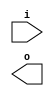
module buffer( i , o );
  input i ;
  output o ;
endmodule
module inverter( i , o );
  input i ;
  output o ;
endmodule
module top( x0 , x1 , x2 , x3 , x4 , x5 , x6 , y0 , y1 , y2 , y3 , y4 , y5 , y6 , y7 , y8 , y9 );
  input x0 , x1 , x2 , x3 , x4 , x5 , x6 ;
  output y0 , y1 , y2 , y3 , y4 , y5 , y6 , y7 , y8 , y9 ;
  wire n8 , n9 , n10 , n11 , n12 , n13 , n14 , n15 , n16 , n17 , n18 , n19 , n20 , n21 , n22 , n23 , n24 , n25 , n26 , n27 , n28 , n29 , n30 , n31 , n32 , n33 , n34 , n35 , n36 , n37 , n38 , n39 , n40 , n41 , n42 , n43 , n44 , n45 , n46 , n47 , n48 , n49 , n50 , n51 , n52 , n53 , n54 , n55 , n56 , n57 , n58 , n59 , n60 , n61 , n62 , n63 , n64 , n65 , n66 , n67 , n68 , n69 , n70 , n71 , n72 , n73 , n74 , n75 , n76 , n77 , n78 , n79 , n80 , n81 , n82 , n83 , n84 , n85 , n86 , n87 , n88 , n89 , n90 , n91 , n92 , n93 , n94 , n95 , n96 , n97 , n98 , n99 , n100 , n101 , n102 , n103 , n104 , n105 , n106 , n107 , n108 , n109 , n110 , n111 , n112 , n113 , n114 , n115 , n116 , n117 , n118 , n119 , n120 , n121 , n122 , n123 , n124 , n125 , n126 , n127 , n128 , n129 , n130 , n131 , n132 , n133 , n134 , n135 , n136 , n137 , n138 , n139 , n140 , n141 , n142 , n143 , n144 , n145 , n146 , n147 , n148 , n149 , n150 , n151 , n152 , n153 , n154 , n155 , n156 , n157 , n158 , n159 , n160 , n161 , n162 , n163 , n164 , n165 , n166 , n167 , n168 , n169 , n170 , n171 , n172 , n173 , n174 , n175 , n176 , n177 , n178 , n179 , n180 , n181 , n182 , n183 , n184 , n185 , n186 , n187 , n188 , n189 , n190 , n191 , n192 , n193 , n194 , n195 , n196 , n197 , n198 , n199 , n200 , n201 , n202 , n203 , n204 , n205 , n206 , n207 , n208 , n209 , n210 , n211 , n212 , n213 , n214 , n215 , n216 , n217 , n218 , n219 , n220 , n221 , n222 , n223 , n224 , n225 , n226 , n227 , n228 , n229 , n230 , n231 , n232 , n233 , n234 , n235 , n236 , n237 , n238 , n239 , n240 , n241 , n242 , n243 , n244 , n245 , n246 , n247 , n248 , n249 , n250 , n251 , n252 , n253 , n254 , n255 , n256 , n257 , n258 , n259 , n260 , n261 , n262 , n263 , n264 , n265 , n266 , n267 , n268 , n269 , n270 , n271 , n272 , n273 , n274 , n275 , n276 , n277 , n278 , n279 , n280 , n281 , n282 , n283 , n284 , n285 , n286 , n287 , n288 , n289 , n290 , n291 , n292 , n293 , n294 , n295 , n296 , n297 , n298 ;
  buffer buf_n69( .i (x4), .o (n69) );
  buffer buf_n70( .i (n69), .o (n70) );
  buffer buf_n71( .i (n70), .o (n71) );
  buffer buf_n72( .i (n71), .o (n72) );
  buffer buf_n73( .i (n72), .o (n73) );
  buffer buf_n74( .i (n73), .o (n74) );
  buffer buf_n75( .i (n74), .o (n75) );
  buffer buf_n76( .i (n75), .o (n76) );
  buffer buf_n77( .i (n76), .o (n77) );
  buffer buf_n78( .i (n77), .o (n78) );
  buffer buf_n82( .i (x5), .o (n82) );
  buffer buf_n83( .i (n82), .o (n83) );
  buffer buf_n84( .i (n83), .o (n84) );
  buffer buf_n85( .i (n84), .o (n85) );
  buffer buf_n86( .i (n85), .o (n86) );
  buffer buf_n87( .i (n86), .o (n87) );
  buffer buf_n88( .i (n87), .o (n88) );
  buffer buf_n89( .i (n88), .o (n89) );
  buffer buf_n90( .i (n89), .o (n90) );
  buffer buf_n97( .i (x6), .o (n97) );
  buffer buf_n98( .i (n97), .o (n98) );
  buffer buf_n99( .i (n98), .o (n99) );
  buffer buf_n100( .i (n99), .o (n100) );
  buffer buf_n101( .i (n100), .o (n101) );
  buffer buf_n102( .i (n101), .o (n102) );
  buffer buf_n103( .i (n102), .o (n103) );
  buffer buf_n104( .i (n103), .o (n104) );
  buffer buf_n38( .i (x2), .o (n38) );
  buffer buf_n39( .i (n38), .o (n39) );
  buffer buf_n40( .i (n39), .o (n40) );
  buffer buf_n41( .i (n40), .o (n41) );
  buffer buf_n42( .i (n41), .o (n42) );
  buffer buf_n53( .i (x3), .o (n53) );
  buffer buf_n54( .i (n53), .o (n54) );
  buffer buf_n55( .i (n54), .o (n55) );
  buffer buf_n56( .i (n55), .o (n56) );
  buffer buf_n57( .i (n56), .o (n57) );
  assign n111 = n42 & n57 ;
  buffer buf_n112( .i (n111), .o (n112) );
  buffer buf_n113( .i (n112), .o (n113) );
  buffer buf_n23( .i (x1), .o (n23) );
  buffer buf_n24( .i (n23), .o (n24) );
  buffer buf_n25( .i (n24), .o (n25) );
  buffer buf_n26( .i (n25), .o (n26) );
  buffer buf_n27( .i (n26), .o (n27) );
  buffer buf_n28( .i (n27), .o (n28) );
  buffer buf_n29( .i (n28), .o (n29) );
  assign n115 = n29 | n103 ;
  assign n116 = ( n104 & n113 ) | ( n104 & n115 ) | ( n113 & n115 ) ;
  buffer buf_n8( .i (x0), .o (n8) );
  buffer buf_n9( .i (n8), .o (n9) );
  buffer buf_n10( .i (n9), .o (n10) );
  buffer buf_n11( .i (n10), .o (n11) );
  buffer buf_n12( .i (n11), .o (n12) );
  assign n117 = n12 & n86 ;
  buffer buf_n118( .i (n117), .o (n118) );
  buffer buf_n119( .i (n118), .o (n119) );
  buffer buf_n120( .i (n119), .o (n120) );
  assign n121 = ( n90 & n116 ) | ( n90 & n120 ) | ( n116 & n120 ) ;
  assign n122 = n78 & n121 ;
  buffer buf_n123( .i (n122), .o (n123) );
  buffer buf_n79( .i (n78), .o (n79) );
  buffer buf_n91( .i (n90), .o (n91) );
  buffer buf_n105( .i (n104), .o (n105) );
  buffer buf_n114( .i (n113), .o (n114) );
  buffer buf_n13( .i (n12), .o (n13) );
  buffer buf_n14( .i (n13), .o (n14) );
  assign n128 = ( n14 & n29 ) | ( n14 & n103 ) | ( n29 & n103 ) ;
  assign n129 = ~n113 & n128 ;
  assign n130 = ( n105 & n114 ) | ( n105 & n129 ) | ( n114 & n129 ) ;
  assign n131 = n91 & n130 ;
  assign n132 = n79 | n131 ;
  assign n133 = ~n123 & n132 ;
  buffer buf_n134( .i (n133), .o (n134) );
  buffer buf_n135( .i (n134), .o (n135) );
  buffer buf_n136( .i (n135), .o (n136) );
  buffer buf_n92( .i (n91), .o (n92) );
  buffer buf_n93( .i (n92), .o (n93) );
  buffer buf_n94( .i (n93), .o (n94) );
  buffer buf_n95( .i (n94), .o (n95) );
  buffer buf_n96( .i (n95), .o (n96) );
  buffer buf_n80( .i (n79), .o (n80) );
  buffer buf_n81( .i (n80), .o (n81) );
  buffer buf_n15( .i (n14), .o (n15) );
  buffer buf_n16( .i (n15), .o (n16) );
  buffer buf_n17( .i (n16), .o (n17) );
  buffer buf_n30( .i (n29), .o (n30) );
  buffer buf_n31( .i (n30), .o (n31) );
  assign n137 = ( n29 & n103 ) | ( n29 & ~n112 ) | ( n103 & ~n112 ) ;
  buffer buf_n138( .i (n102), .o (n138) );
  assign n139 = ( n75 & n112 ) | ( n75 & n138 ) | ( n112 & n138 ) ;
  assign n140 = n137 & ~n139 ;
  assign n141 = ( n31 & n105 ) | ( n31 & ~n140 ) | ( n105 & ~n140 ) ;
  assign n142 = n17 | n141 ;
  buffer buf_n143( .i (n142), .o (n143) );
  buffer buf_n144( .i (n143), .o (n144) );
  buffer buf_n106( .i (n105), .o (n106) );
  buffer buf_n107( .i (n106), .o (n107) );
  buffer buf_n108( .i (n107), .o (n108) );
  assign n145 = n108 & n143 ;
  assign n146 = ( n81 & n144 ) | ( n81 & n145 ) | ( n144 & n145 ) ;
  assign n147 = n95 & ~n146 ;
  buffer buf_n43( .i (n42), .o (n43) );
  buffer buf_n44( .i (n43), .o (n44) );
  buffer buf_n45( .i (n44), .o (n45) );
  assign n148 = ( n30 & n45 ) | ( n30 & ~n76 ) | ( n45 & ~n76 ) ;
  assign n149 = n40 & n99 ;
  buffer buf_n150( .i (n149), .o (n150) );
  buffer buf_n151( .i (n150), .o (n151) );
  buffer buf_n152( .i (n151), .o (n152) );
  buffer buf_n153( .i (n152), .o (n153) );
  buffer buf_n154( .i (n153), .o (n154) );
  assign n155 = ( n77 & n148 ) | ( n77 & n154 ) | ( n148 & n154 ) ;
  buffer buf_n58( .i (n57), .o (n58) );
  buffer buf_n59( .i (n58), .o (n59) );
  buffer buf_n60( .i (n59), .o (n60) );
  buffer buf_n156( .i (n28), .o (n156) );
  assign n157 = ( ~n59 & n75 ) | ( ~n59 & n156 ) | ( n75 & n156 ) ;
  assign n158 = n138 & n156 ;
  assign n159 = ( n60 & n157 ) | ( n60 & n158 ) | ( n157 & n158 ) ;
  assign n160 = n16 & n159 ;
  assign n161 = ( n17 & n155 ) | ( n17 & n160 ) | ( n155 & n160 ) ;
  buffer buf_n162( .i (n161), .o (n162) );
  buffer buf_n163( .i (n162), .o (n163) );
  assign n164 = n108 | n162 ;
  assign n165 = ( n81 & n163 ) | ( n81 & n164 ) | ( n163 & n164 ) ;
  assign n166 = n95 | n165 ;
  assign n167 = ( ~n96 & n147 ) | ( ~n96 & n166 ) | ( n147 & n166 ) ;
  buffer buf_n109( .i (n108), .o (n109) );
  buffer buf_n110( .i (n109), .o (n110) );
  buffer buf_n18( .i (n17), .o (n18) );
  assign n168 = ( n12 & ~n42 ) | ( n12 & n57 ) | ( ~n42 & n57 ) ;
  assign n169 = ( n12 & n42 ) | ( n12 & n86 ) | ( n42 & n86 ) ;
  assign n170 = ~n168 & n169 ;
  assign n171 = ( n14 & n59 ) | ( n14 & n170 ) | ( n59 & n170 ) ;
  assign n172 = n30 & n171 ;
  buffer buf_n173( .i (n172), .o (n173) );
  buffer buf_n174( .i (n173), .o (n174) );
  assign n175 = n91 | n173 ;
  assign n176 = ( n18 & n174 ) | ( n18 & n175 ) | ( n174 & n175 ) ;
  assign n177 = ~n80 & n176 ;
  buffer buf_n61( .i (n60), .o (n61) );
  buffer buf_n62( .i (n61), .o (n62) );
  buffer buf_n46( .i (n45), .o (n46) );
  assign n178 = ( n46 & ~n61 ) | ( n46 & n90 ) | ( ~n61 & n90 ) ;
  assign n179 = n16 | n46 ;
  assign n180 = ( n62 & n178 ) | ( n62 & n179 ) | ( n178 & n179 ) ;
  buffer buf_n181( .i (n11), .o (n181) );
  assign n182 = n57 | n181 ;
  buffer buf_n183( .i (n182), .o (n183) );
  buffer buf_n184( .i (n183), .o (n184) );
  buffer buf_n185( .i (n184), .o (n185) );
  buffer buf_n186( .i (n185), .o (n186) );
  assign n187 = n16 & n31 ;
  assign n188 = ( n91 & n186 ) | ( n91 & n187 ) | ( n186 & n187 ) ;
  assign n189 = n180 & n188 ;
  assign n190 = n80 & ~n189 ;
  assign n191 = n177 | n190 ;
  buffer buf_n19( .i (n18), .o (n19) );
  assign n192 = n61 & n90 ;
  assign n193 = n78 & n192 ;
  buffer buf_n32( .i (n31), .o (n32) );
  buffer buf_n47( .i (n46), .o (n47) );
  assign n194 = ~n32 & n47 ;
  assign n195 = ( n18 & n193 ) | ( n18 & n194 ) | ( n193 & n194 ) ;
  assign n196 = ~n19 & n195 ;
  buffer buf_n197( .i (n196), .o (n197) );
  assign n198 = ( ~n110 & n191 ) | ( ~n110 & n197 ) | ( n191 & n197 ) ;
  buffer buf_n199( .i (n15), .o (n199) );
  buffer buf_n200( .i (n89), .o (n200) );
  assign n201 = ( ~n31 & n199 ) | ( ~n31 & n200 ) | ( n199 & n200 ) ;
  buffer buf_n202( .i (n30), .o (n202) );
  assign n203 = ( n46 & n199 ) | ( n46 & n202 ) | ( n199 & n202 ) ;
  assign n204 = n201 & ~n203 ;
  assign n205 = ( n18 & n92 ) | ( n18 & ~n204 ) | ( n92 & ~n204 ) ;
  assign n206 = n80 & n205 ;
  assign n207 = ( n44 & n118 ) | ( n44 & n183 ) | ( n118 & n183 ) ;
  buffer buf_n208( .i (n156), .o (n208) );
  assign n209 = n207 | n208 ;
  buffer buf_n210( .i (n209), .o (n210) );
  buffer buf_n211( .i (n210), .o (n211) );
  buffer buf_n212( .i (n200), .o (n212) );
  assign n213 = n210 & n212 ;
  buffer buf_n214( .i (n17), .o (n214) );
  assign n215 = ( n211 & n213 ) | ( n211 & n214 ) | ( n213 & n214 ) ;
  buffer buf_n216( .i (n79), .o (n216) );
  assign n217 = n215 & ~n216 ;
  assign n218 = ( n81 & ~n206 ) | ( n81 & n217 ) | ( ~n206 & n217 ) ;
  assign n219 = ( n110 & n197 ) | ( n110 & ~n218 ) | ( n197 & ~n218 ) ;
  assign n220 = n198 | n219 ;
  assign n221 = ~n199 & n200 ;
  buffer buf_n222( .i (n221), .o (n222) );
  buffer buf_n223( .i (n222), .o (n223) );
  assign n224 = ( ~n15 & n89 ) | ( ~n15 & n104 ) | ( n89 & n104 ) ;
  buffer buf_n225( .i (n224), .o (n225) );
  buffer buf_n226( .i (n225), .o (n226) );
  assign n227 = ( n62 & n212 ) | ( n62 & n225 ) | ( n212 & n225 ) ;
  assign n228 = n226 | n227 ;
  assign n229 = ~n223 & n228 ;
  buffer buf_n230( .i (n229), .o (n230) );
  buffer buf_n231( .i (n230), .o (n231) );
  buffer buf_n33( .i (n32), .o (n33) );
  buffer buf_n34( .i (n33), .o (n34) );
  buffer buf_n35( .i (n34), .o (n35) );
  buffer buf_n36( .i (n35), .o (n36) );
  assign n232 = ~n36 & n230 ;
  assign n233 = ~n34 & n108 ;
  buffer buf_n48( .i (n47), .o (n48) );
  buffer buf_n49( .i (n48), .o (n49) );
  assign n234 = n61 & ~n199 ;
  assign n235 = ~n212 & n234 ;
  assign n236 = ( n92 & ~n222 ) | ( n92 & n235 ) | ( ~n222 & n235 ) ;
  assign n237 = n49 & n236 ;
  assign n238 = ( n35 & n233 ) | ( n35 & n237 ) | ( n233 & n237 ) ;
  assign n239 = ( ~n47 & n62 ) | ( ~n47 & n212 ) | ( n62 & n212 ) ;
  assign n240 = ( n48 & n214 ) | ( n48 & ~n239 ) | ( n214 & ~n239 ) ;
  assign n241 = ( ~n49 & n223 ) | ( ~n49 & n240 ) | ( n223 & n240 ) ;
  assign n242 = n15 | n89 ;
  assign n243 = ( n86 & n150 ) | ( n86 & n181 ) | ( n150 & n181 ) ;
  buffer buf_n244( .i (n243), .o (n244) );
  buffer buf_n245( .i (n244), .o (n245) );
  assign n246 = ( n14 & n59 ) | ( n14 & n244 ) | ( n59 & n244 ) ;
  assign n247 = n245 & n246 ;
  assign n248 = n242 & ~n247 ;
  assign n249 = ~n32 & n248 ;
  buffer buf_n250( .i (n249), .o (n250) );
  buffer buf_n251( .i (n250), .o (n251) );
  buffer buf_n252( .i (n107), .o (n252) );
  assign n253 = ~n250 & n252 ;
  assign n254 = ( n241 & n251 ) | ( n241 & ~n253 ) | ( n251 & ~n253 ) ;
  assign n255 = n238 | n254 ;
  assign n256 = ( n231 & ~n232 ) | ( n231 & n255 ) | ( ~n232 & n255 ) ;
  buffer buf_n37( .i (n36), .o (n37) );
  buffer buf_n257( .i (n13), .o (n257) );
  buffer buf_n258( .i (n257), .o (n258) );
  buffer buf_n259( .i (n258), .o (n259) );
  buffer buf_n260( .i (n259), .o (n260) );
  buffer buf_n261( .i (n60), .o (n261) );
  buffer buf_n262( .i (n261), .o (n262) );
  assign n263 = ( n47 & n260 ) | ( n47 & n262 ) | ( n260 & n262 ) ;
  buffer buf_n264( .i (n263), .o (n264) );
  assign n265 = n252 & ~n264 ;
  assign n266 = ~n252 & n264 ;
  assign n267 = n265 | n266 ;
  assign n268 = n36 & ~n267 ;
  buffer buf_n269( .i (n45), .o (n269) );
  assign n270 = n259 & n269 ;
  buffer buf_n271( .i (n269), .o (n271) );
  assign n272 = ( n262 & n270 ) | ( n262 & n271 ) | ( n270 & n271 ) ;
  buffer buf_n273( .i (n272), .o (n273) );
  buffer buf_n274( .i (n273), .o (n274) );
  assign n275 = n252 | n273 ;
  buffer buf_n276( .i (n107), .o (n276) );
  assign n277 = n273 & ~n276 ;
  assign n278 = ( ~n274 & n275 ) | ( ~n274 & n277 ) | ( n275 & n277 ) ;
  assign n279 = n36 | n278 ;
  assign n280 = ( ~n37 & n268 ) | ( ~n37 & n279 ) | ( n268 & n279 ) ;
  buffer buf_n20( .i (n19), .o (n20) );
  buffer buf_n21( .i (n20), .o (n21) );
  buffer buf_n22( .i (n21), .o (n22) );
  buffer buf_n63( .i (n62), .o (n63) );
  buffer buf_n64( .i (n63), .o (n64) );
  buffer buf_n65( .i (n64), .o (n65) );
  buffer buf_n66( .i (n65), .o (n66) );
  assign n281 = n34 & n64 ;
  buffer buf_n282( .i (n281), .o (n282) );
  assign n283 = ( ~n19 & n49 ) | ( ~n19 & n64 ) | ( n49 & n64 ) ;
  buffer buf_n284( .i (n283), .o (n284) );
  assign n285 = ( ~n66 & n282 ) | ( ~n66 & n284 ) | ( n282 & n284 ) ;
  buffer buf_n50( .i (n49), .o (n50) );
  buffer buf_n51( .i (n50), .o (n51) );
  assign n286 = ( n51 & n282 ) | ( n51 & ~n284 ) | ( n282 & ~n284 ) ;
  assign n287 = ( n22 & n285 ) | ( n22 & ~n286 ) | ( n285 & ~n286 ) ;
  buffer buf_n52( .i (n51), .o (n52) );
  buffer buf_n288( .i (n48), .o (n288) );
  assign n289 = n64 | n288 ;
  buffer buf_n290( .i (n289), .o (n290) );
  buffer buf_n292( .i (n35), .o (n292) );
  assign n293 = ( n51 & n290 ) | ( n51 & ~n292 ) | ( n290 & ~n292 ) ;
  assign n294 = ( n51 & ~n290 ) | ( n51 & n292 ) | ( ~n290 & n292 ) ;
  assign n295 = ( ~n52 & n293 ) | ( ~n52 & n294 ) | ( n293 & n294 ) ;
  buffer buf_n291( .i (n290), .o (n291) );
  buffer buf_n296( .i (n50), .o (n296) );
  assign n297 = ~n66 & n296 ;
  assign n298 = ( ~n52 & n291 ) | ( ~n52 & n297 ) | ( n291 & n297 ) ;
  buffer buf_n67( .i (n66), .o (n67) );
  inverter inv_n68( .i (n67), .o (n68) );
  buffer buf_n124( .i (n123), .o (n124) );
  buffer buf_n125( .i (n124), .o (n125) );
  buffer buf_n126( .i (n125), .o (n126) );
  buffer buf_n127( .i (n126), .o (n127) );
  assign y0 = n136 ;
  assign y1 = n167 ;
  assign y2 = n220 ;
  assign y3 = n256 ;
  assign y4 = n280 ;
  assign y5 = n287 ;
  assign y6 = n295 ;
  assign y7 = n298 ;
  assign y8 = n68 ;
  assign y9 = n127 ;
endmodule